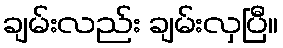
ချမ်းလည်း ချမ်းလှပြီ။